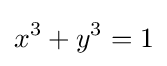
x^{3}+y^{3}=1